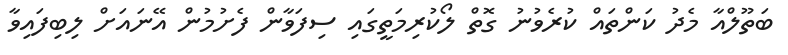
ބަތޫލްއާ މެދު ކަންތައް ކުރެވުނު ގޮތް ލޯކުރިމަތީގައި ސިފަވާން ފެށުމުން އޭނައަށް ލިބިފައިވާ